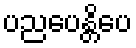
ပညပေန္တိပေ